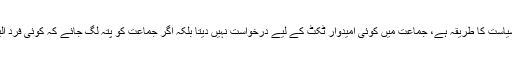
مولانا عام سیاسی پارٹیوں کی طرح سیاست کرتے ہیں جبکہ جماعت اسلامی کا ایک منفرد سیاست کا طریقہ ہے، جماعت میں کوئی امیدوار ٹکٹ کے لیے درخواست نہیں دیتا بلکہ اگر جماعت کو پتہ لگ جائے کہ کوئی فرد الیکشن میںکھڑا ہونے کی اپنی سی کوشش کر رہا ہے تو اس کو ڈس کوالیفائڈ کر دیا جاتا ہے۔